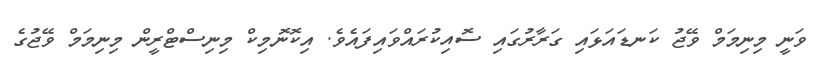
ވަނީ މިނިމަމް ވޭޖު ކަނޑައަޅައި ގަރާރުގައި ސޮއިކުރައްވައިފައެވެ. އިކޮނޮމިކް މިނިސްޓްރީން މިނިމަމް ވޭޖުގެ